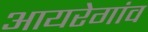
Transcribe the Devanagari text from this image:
आयरेगांव